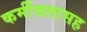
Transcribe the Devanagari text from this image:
कर्मीदलासह